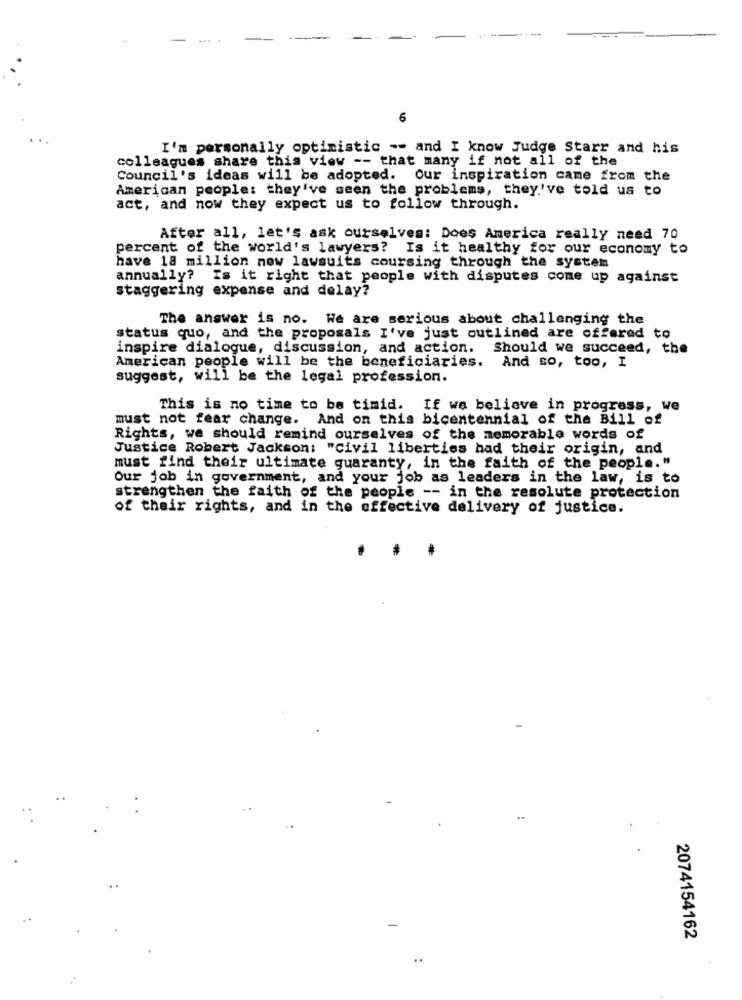
-
....
-
6
I'm personally optimistic -- and I know Judge Starr and his
colleagues share this view -- that many if not all of the
Council's ideas will be adopted. Our inspiration came from the
American people: they've seen the problems, they've told us to
act, and now they expect us to follow through.
After all, let's ask ourselves: Does America really need 70
percent of the world's lawyers? Is it healthy for our economy to
have 18 million now lawsuits coursing through the system
annually? Is it right that people with disputes come up against
staggering expense and delay?
The answer is no. We are serious about challenging the
status quo, and the proposals I've just outlined are offered to
inspire dialogue, discussion, and action. Should we succeed, the
American people will be the beneficiaries. And so, too, I
suggest, will be the legal profession.
This is no time to be timid. If we believe in progress, we
must not fear change. And on this bicentennial of the Bill of
Rights, we should remind ourselves of the memorable words of
Justice Robert Jackson: "Civil liberties had their origin, and
must find their ultimate guaranty, in the faith of the people."
Our job in government, and your job as leaders in the law, is to
strengthen the faith of the people -- in the resolute protection
of their rights, and in the effective delivery of justice.
2074154162